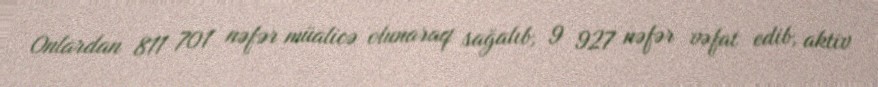
Onlardan 811 701 nəfər müalicə olunaraq sağalıb, 9 927 nəfər vəfat edib, aktiv